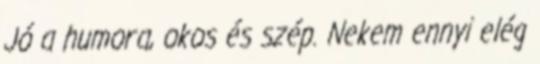
Jó a humora, okos és szép. Nekem ennyi elég